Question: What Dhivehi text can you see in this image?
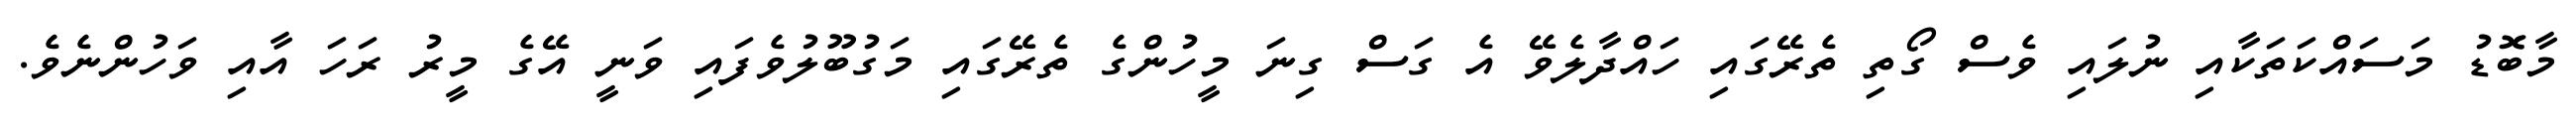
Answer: މާބޮޑު މަސައްކަތަކާއި ނުލައި ވެސް ގޯތި ތެރޭގައި ހައްދާލެވޭ އެ ގަސް ގިނަ މީހުންގެ ތެރޭގައި މަގުބޫލުވެފައި ވަނީ އޭގެ މީރު ރަހަ އާއި ވަހުންނެވެ.